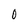
Character: 0